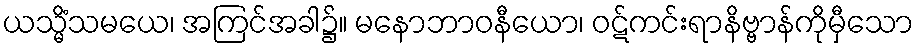
ယသ္မိံသမယေ၊ အကြင်အခါ၌။ မနောဘာဝနီယော၊ ဝဋ်ကင်းရာနိဗ္ဗာန်ကိုမှီသော